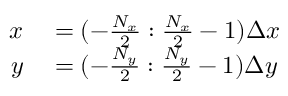
\begin{array} { r l } { x } & { { } = ( - \frac { N _ { x } } { 2 } : \frac { N _ { x } } { 2 } - 1 ) \Delta x } \\ { y } & { { } = ( - \frac { N _ { y } } { 2 } : \frac { N _ { y } } { 2 } - 1 ) \Delta y } \end{array}